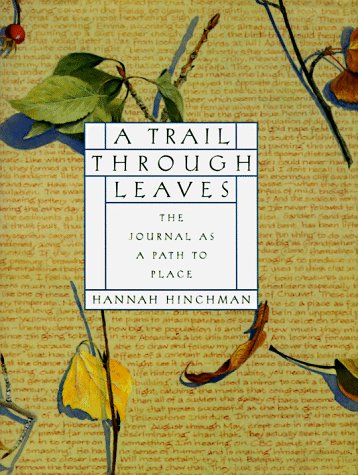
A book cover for A Trail Through Leaves: The Journal as a Path to Place; Hannah Hinchman; Self-Help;